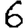
Digit: 6